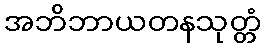
အဘိဘာယတနသုတ္တံ